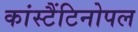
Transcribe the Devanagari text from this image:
कांस्टैंटिनोपल